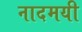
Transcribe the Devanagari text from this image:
नादमयी